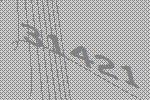
31421